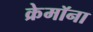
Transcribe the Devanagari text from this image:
क्रेमॉना